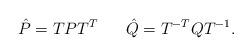
LaTeX: \begin{align*}\hat{P} =TPT^T\;\;\; \;\;\; \hat{Q} = T^{-T}QT^{-1}.\end{align*}